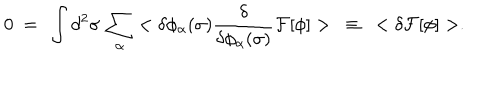
LaTeX: 0 \ = \ \int d ^ { 2 } \sigma \, \sum _ { \alpha } < \delta \phi _ { \alpha } ( \sigma ) \frac { \delta } { \delta \phi _ { \alpha } ( \sigma ) } { \cal F } [ \phi ] > \ \equiv \ < \delta { \cal F } [ \phi ] > .